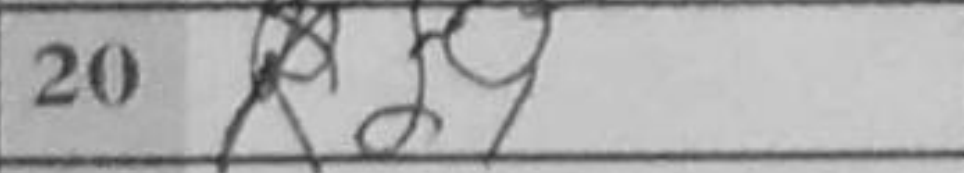
Transcription: Rd1